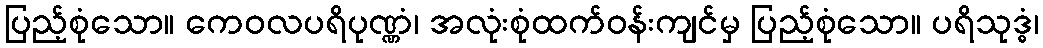
ပြည့်စုံသော။ ကေဝလပရိပုဏ္ဏံ၊ အလုံးစုံထက်ဝန်းကျင်မှ ပြည့်စုံသော။ ပရိသုဒ္ဓံ၊